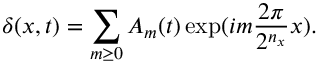
\delta ( x , t ) = \sum _ { m \geq 0 } A _ { m } ( t ) \exp ( i m \frac { 2 \pi } { 2 ^ { n _ { x } } } x ) .